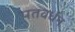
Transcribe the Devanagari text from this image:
पतवर्धन